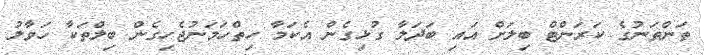
ތަންތަނުގެ ކަރަންޓް ބިލަށް އައި ބަދަލާ ގުޅިގެން އެކަމާ ހިތްހަމަނުޖެހިގެން ބިލްތަކާ ހަވާލު